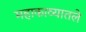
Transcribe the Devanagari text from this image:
महाकाव्यातले